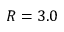
R = 3 . 0